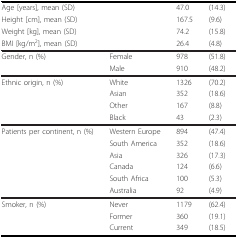
<table><thead><tr><td colspan="2"><b>Age [years], mean (SD)</b></td><td><b>47.0</b></td><td><b>(14.3)</b></td></tr><tr><td colspan="2"><b>Height [cm], mean (SD)</b></td><td><b>167.5</b></td><td><b>(9.6)</b></td></tr><tr><td colspan="2"><b>Weight [kg], mean (SD)</b></td><td><b>74.2</b></td><td><b>(15.8)</b></td></tr><tr><td colspan="2"><b>BMI [kg/m<sup>2</sup>], mean (SD)</b></td><td><b>26.4</b></td><td><b>(4.8)</b></td></tr></thead><tbody><tr><td>Gender, n (%)</td><td>Female</td><td>978</td><td>(51.8)</td></tr><tr><td></td><td>Male</td><td>910</td><td>(48.2)</td></tr><tr><td>Ethnic origin, n (%)</td><td>White</td><td>1326</td><td>(70.2)</td></tr><tr><td></td><td>Asian</td><td>352</td><td>(18.6)</td></tr><tr><td></td><td>Other</td><td>167</td><td>(8.8)</td></tr><tr><td></td><td>Black</td><td>43</td><td>(2.3)</td></tr><tr><td>Patients per continent, n (%)</td><td>Western Europe</td><td>894</td><td>(47.4)</td></tr><tr><td></td><td>South America</td><td>352</td><td>(18.6)</td></tr><tr><td></td><td>Asia</td><td>326</td><td>(17.3)</td></tr><tr><td></td><td>Canada</td><td>124</td><td>(6.6)</td></tr><tr><td></td><td>South Africa</td><td>100</td><td>(5.3)</td></tr><tr><td></td><td>Australia</td><td>92</td><td>(4.9)</td></tr><tr><td>Smoker, n (%)</td><td>Never</td><td>1179</td><td>(62.4)</td></tr><tr><td></td><td>Former</td><td>360</td><td>(19.1)</td></tr><tr><td></td><td>Current</td><td>349</td><td>(18.5)</td></tr></tbody></table>